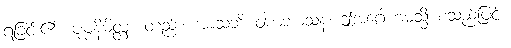
ရခြင်း၏။ ပုဗ္ဗနိမိတ္တံျ၊ တည်း။ အာသဘိ ဝါစာဘာသနံ၊ ဤအဂ္ဂေါဟမသ္မိ စသည်ဖြင့်